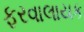
ફરવાલાયક